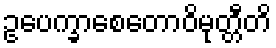
ဥပေက္ခာစေတောဝိမုတ္တီတိ